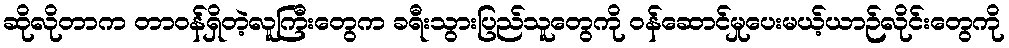
ဆိုလိုတာက တာဝန်ရှိတဲ့လူကြီးတွေက ခရီးသွားပြည်သူတွေကို ဝန်ဆောင်မှုပေးမယ့်ယာဉ်လိုင်းတွေကို